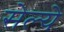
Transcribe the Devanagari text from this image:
सेल्ये